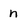
Character: n